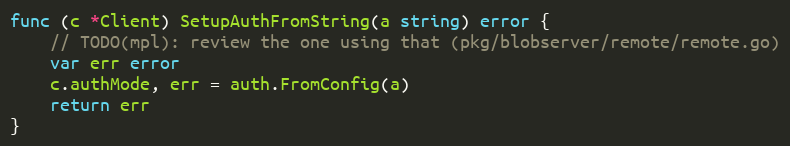
Language: Go
func (c *Client) SetupAuthFromString(a string) error {
	// TODO(mpl): review the one using that (pkg/blobserver/remote/remote.go)
	var err error
	c.authMode, err = auth.FromConfig(a)
	return err
}